Madras plague regulations in force outside the Presidency town - Volume 6
Disease focus: Plague
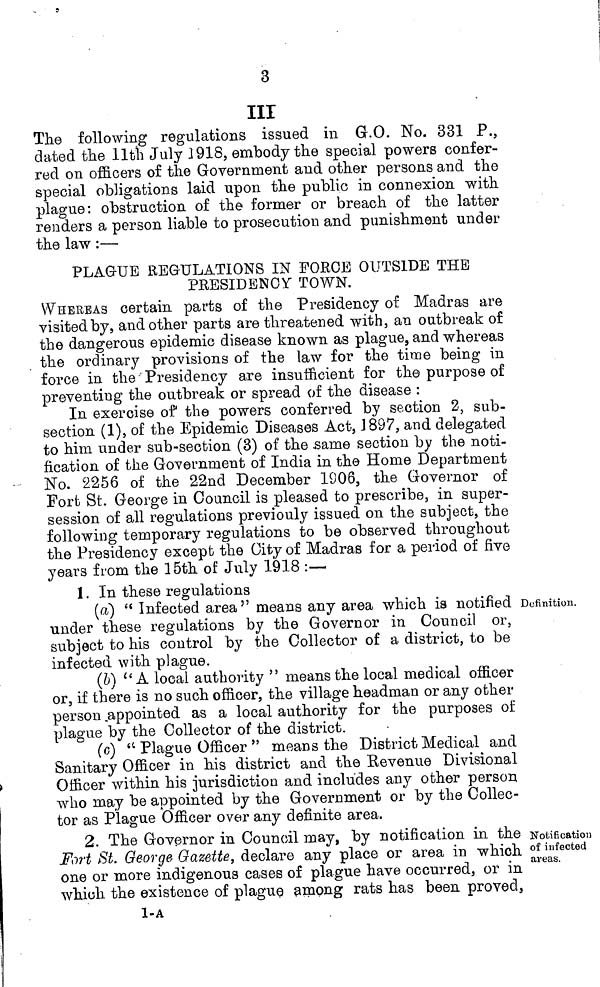
3
III
The following regulations issued in G.O. No. 331 P.,
dated the 11th July 1918, embody the special powers confer-
red on officers of the Government and other persons and the
special obligations laid upon the public in connexion with
plague: obstruction of the former or breach of the latter
renders a person liable to prosecution and punishment under
the law :—
PLAGUE REGULATIONS IN FORCE OUTSIDE THE
PRESIDENCY TOWN.
WHEREAS certain parts of the Presidency of Madras are
visited by, and other parts are threatened with, an outbreak of
the dangerous epidemic disease known as plague, and whereas
the ordinary provisions of the law for the time being in
force in the Presidency are insufficient for the purpose of
preventing the outbreak or spread of the disease :
In exercise of the powers conferred by section 2, sub-
section (1), of the Epidemic Diseases Act, 1897, and delegated
to him under sub-section (3) of the same section by the noti-
fication of the Government of India in the Home Department
No. 2256 of the 22nd December 1906, the Governor of
Fort St. George in Council is pleased to prescribe, in super-
session of all regulations previouly issued on the subject, the
following temporary regulations to be observed throughout
the Presidency except the City of Madras for a period of five
years from the 15th of July 1918 :—
1. In these regulations
Definition.
(a) " Infected area ' means any area which is notified
under these regulations by the Governor in Council or,
subject to his control by the Collector of a district, to be
infected with plague.
(b) " A local authority " means the local medical officer
or, if there is no such officer, the village headman or any other
person appointed as a local authority for the purposes of
plague by the Collector of the district.
(c) " Plague Officer " means the District Medical and
Sanitary Officer in his district and the Revenue Divisional
Officer within his jurisdiction and includes any other person
who may be appointed by the Government or by the Collec-
tor as Plague Officer over any definite area.
Notification
of infected
areas.
2. The Governor in Council may, by notification in the
Fort St. George Gazette, declare any place or area in which
one or more indigenous cases of plague have occurred, or in
which the existence of plague among rats has been proved,
1-A